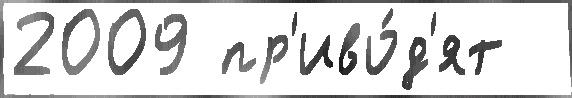
2009 пр'иво́д'ят